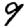
Digit: 9